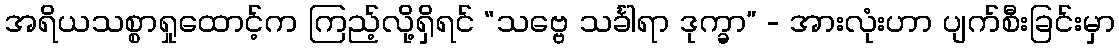
အရိယသစ္စာရှုထောင့်က ကြည့်လို့ရှိရင် “သဗ္ဗေ သင်္ခါရာ ဒုက္ခာ” - အားလုံးဟာ ပျက်စီးခြင်းမှာ